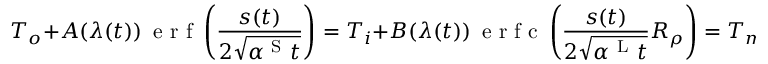
T _ { o } + A ( \lambda ( t ) ) \, \mathrm { ~ e ~ r ~ f ~ } \left( \frac { s ( t ) } { 2 \sqrt { \alpha ^ { \mathrm { ~ S ~ } } t } } \right) = T _ { i } + B ( \lambda ( t ) ) \, \mathrm { ~ e ~ r ~ f ~ c ~ } \left( \frac { s ( t ) } { 2 \sqrt { \alpha ^ { \mathrm { ~ L ~ } } t } } R _ { \rho } \right) = T _ { m } ,